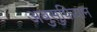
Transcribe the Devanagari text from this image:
अबुसुफियान